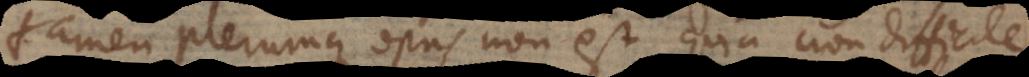
tamen plerumque opus non est, quia non difficile